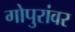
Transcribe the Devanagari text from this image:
गोपुरांवर